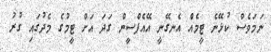
ނަމަވެސް ކުޅޭނެ ޓީމެއް އެނގޭނީ އޭއެފްސީން ގަދަ އަށް ޓީމުގެ މެދުގައި ގުރު